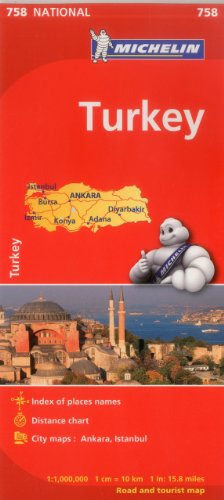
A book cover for Michelin Turkey Map 758 (Maps/Country (Michelin)); Michelin Travel & Lifestyle; Travel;